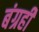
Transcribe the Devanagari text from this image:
बंग्रही